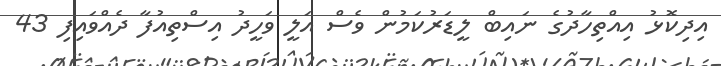
އިދިކޮޅު އިއްތިހާދުގެ ނައިބް ލީޑަރުކަމުން ވެސް އަލީ ވަހީދު އިސްތިއުފާ ދެއްވައިފި 43